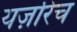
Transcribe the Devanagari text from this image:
यज़रिच